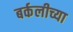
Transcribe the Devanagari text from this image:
बर्कलीच्या